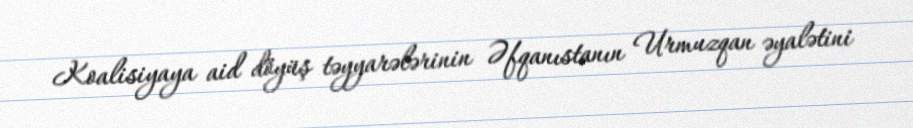
Koalisiyaya aid döyüş təyyarələrinin Əfqanıstanın Urmuzqan əyalətini